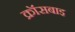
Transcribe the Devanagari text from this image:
क्रॉसबाइ